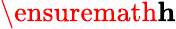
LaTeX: \ensuremath\mathbf{h}